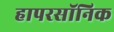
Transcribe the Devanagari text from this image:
हापरसॉनिक